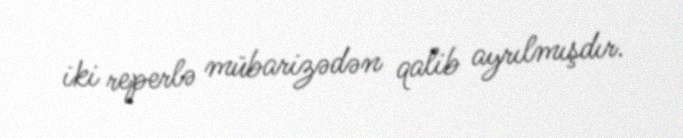
iki reperlə mübarizədən qalib ayrılmışdır.